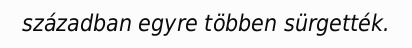
században egyre többen sürgették.